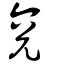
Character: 兗